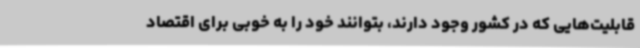
قابلیت‌هایی که در کشور وجود دارند، بتوانند خود را به خوبی برای اقتصاد